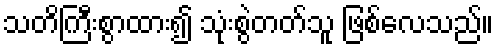
သတိကြီးစွာထား၍ သုံးစွဲတတ်သူ ဖြစ်လေသည်။